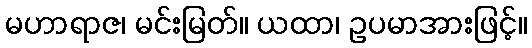
မဟာရာဇ၊ မင်းမြတ်။ ယထာ၊ ဥပမာအားဖြင့်။